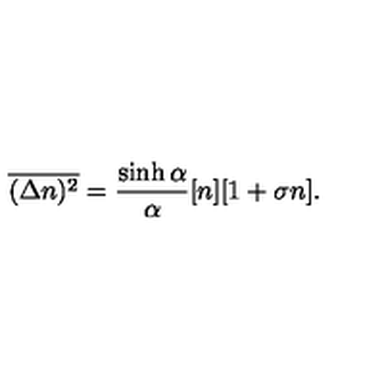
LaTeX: \overline { { ( \Delta n ) ^ { 2 } } } = \frac { \sinh \alpha } { \alpha } [ n ] [ 1 + \sigma n ] .